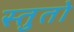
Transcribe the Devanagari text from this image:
स्तुतो